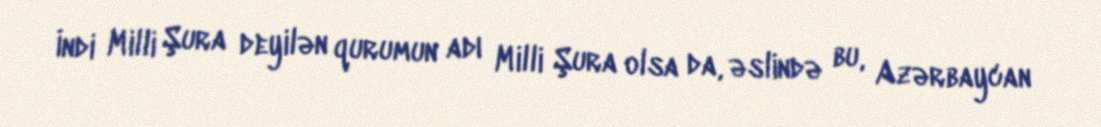
İndi Milli Şura deyilən qurumun adı Milli Şura olsa da, əslində bu, Azərbaycan